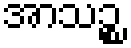
အာသဉ္စ